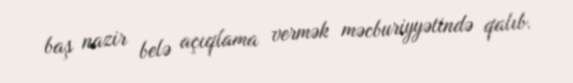
baş nazir belə açıqlama vermək məcburiyyətində qalıb.